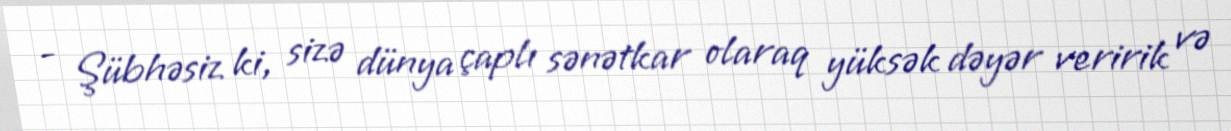
- Şübhəsiz ki, sizə dünya çaplı sənətkar olaraq yüksək dəyər veririk və